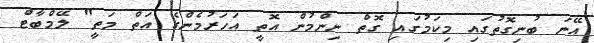
އޭނަ ބުނިގޮތުގައި މިކަމުގައި ގޮތް ނިންމުން އޮތީ އަހަރުމެންގެ އަތް މަތީ" ލޭމްބާޓް